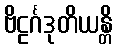
ဗိဠင်္ဂဒုတိယန္တိ